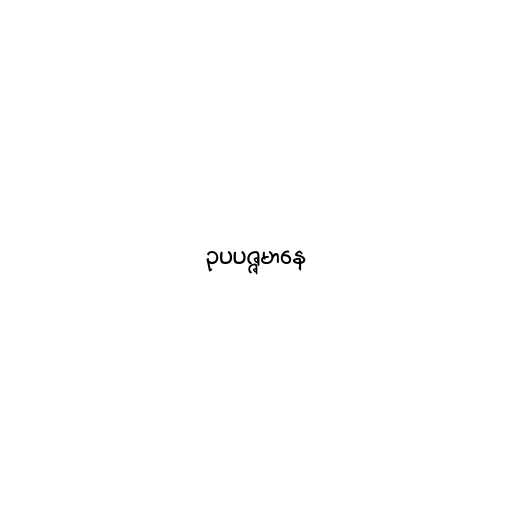
ဥပပဇ္ဇမာနေ